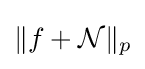
\|f+{\mathcal {N}}\|_{p}